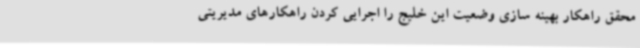
محقق راهکار بهینه سازی وضعیت این خلیج را اجرایی کردن راهکارهای مدیریتی